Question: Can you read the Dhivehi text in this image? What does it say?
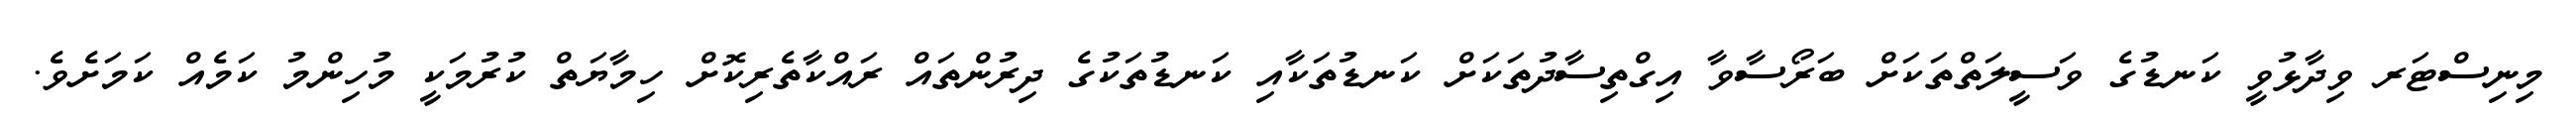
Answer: މިނިސްޓަރ ވިދާޅުވީ ކަނޑުގެ ވަސީލަތްތަކަށް ބަރޯސާވާ އިގްތިސާދުތަކަށް ކަނޑުތަކާއި ކަނޑުތަކުގެ ދިރުންތައް ރައްކާތެރިކޮށް ހިމާޔަތް ކުރުމަކީ މުހިންމު ކަމެއް ކަމަށެވެ.